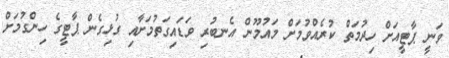
ވަނީ ޕާޓީއަށް ހިދުމަތް ކުރެއްވުމަށް މައުމޫން އެނބުރި ވަޑައިގަތުމަށާއި ގުޅިގެން ޕާޓީީގެ ހިންގުމަށް